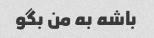
باشه به من بگو